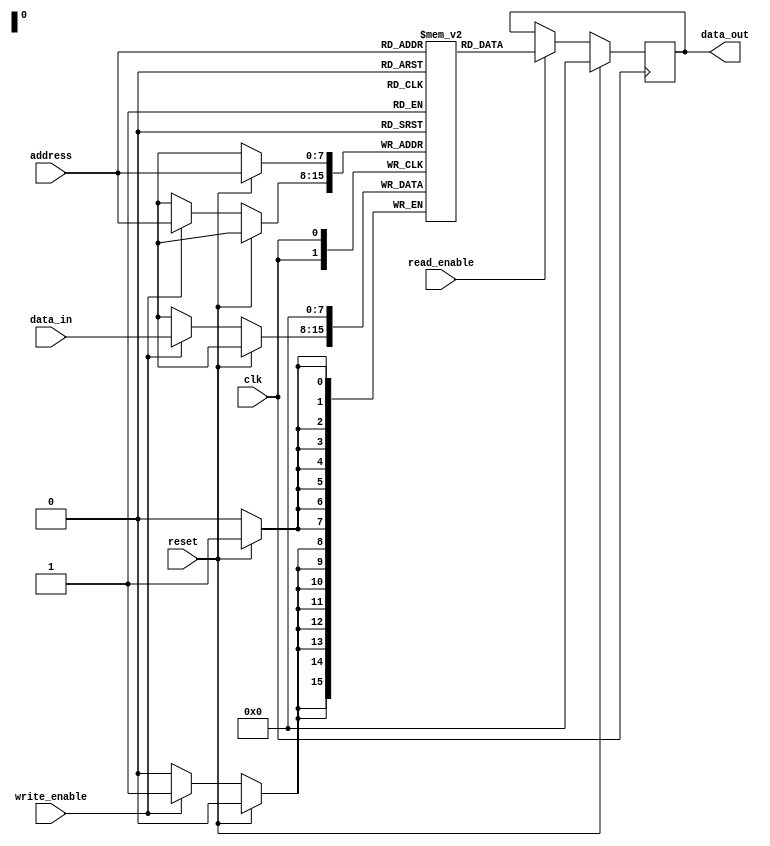
module MRAM(
  input wire clk,
  input wire reset,
  input wire read_enable,
  input wire write_enable,
  input wire [7:0] address,
  input wire [7:0] data_in,
  output reg [7:0] data_out
);

// Memory cells array
reg [7:0] memory[0:255]; // Assume a memory block of 256 cells

// Read operation
always @ (posedge clk) begin
  if (reset) begin
    data_out <= 8'b0;
  end else if (read_enable) begin
    data_out <= memory[address];
  end
end

// Write operation
always @ (posedge clk) begin
  if (reset) begin
    memory[address] <= 8'b0;
  end else if (write_enable) begin
    memory[address] <= data_in;
  end
end

endmodule